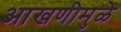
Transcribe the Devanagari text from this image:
आखणीमुळे